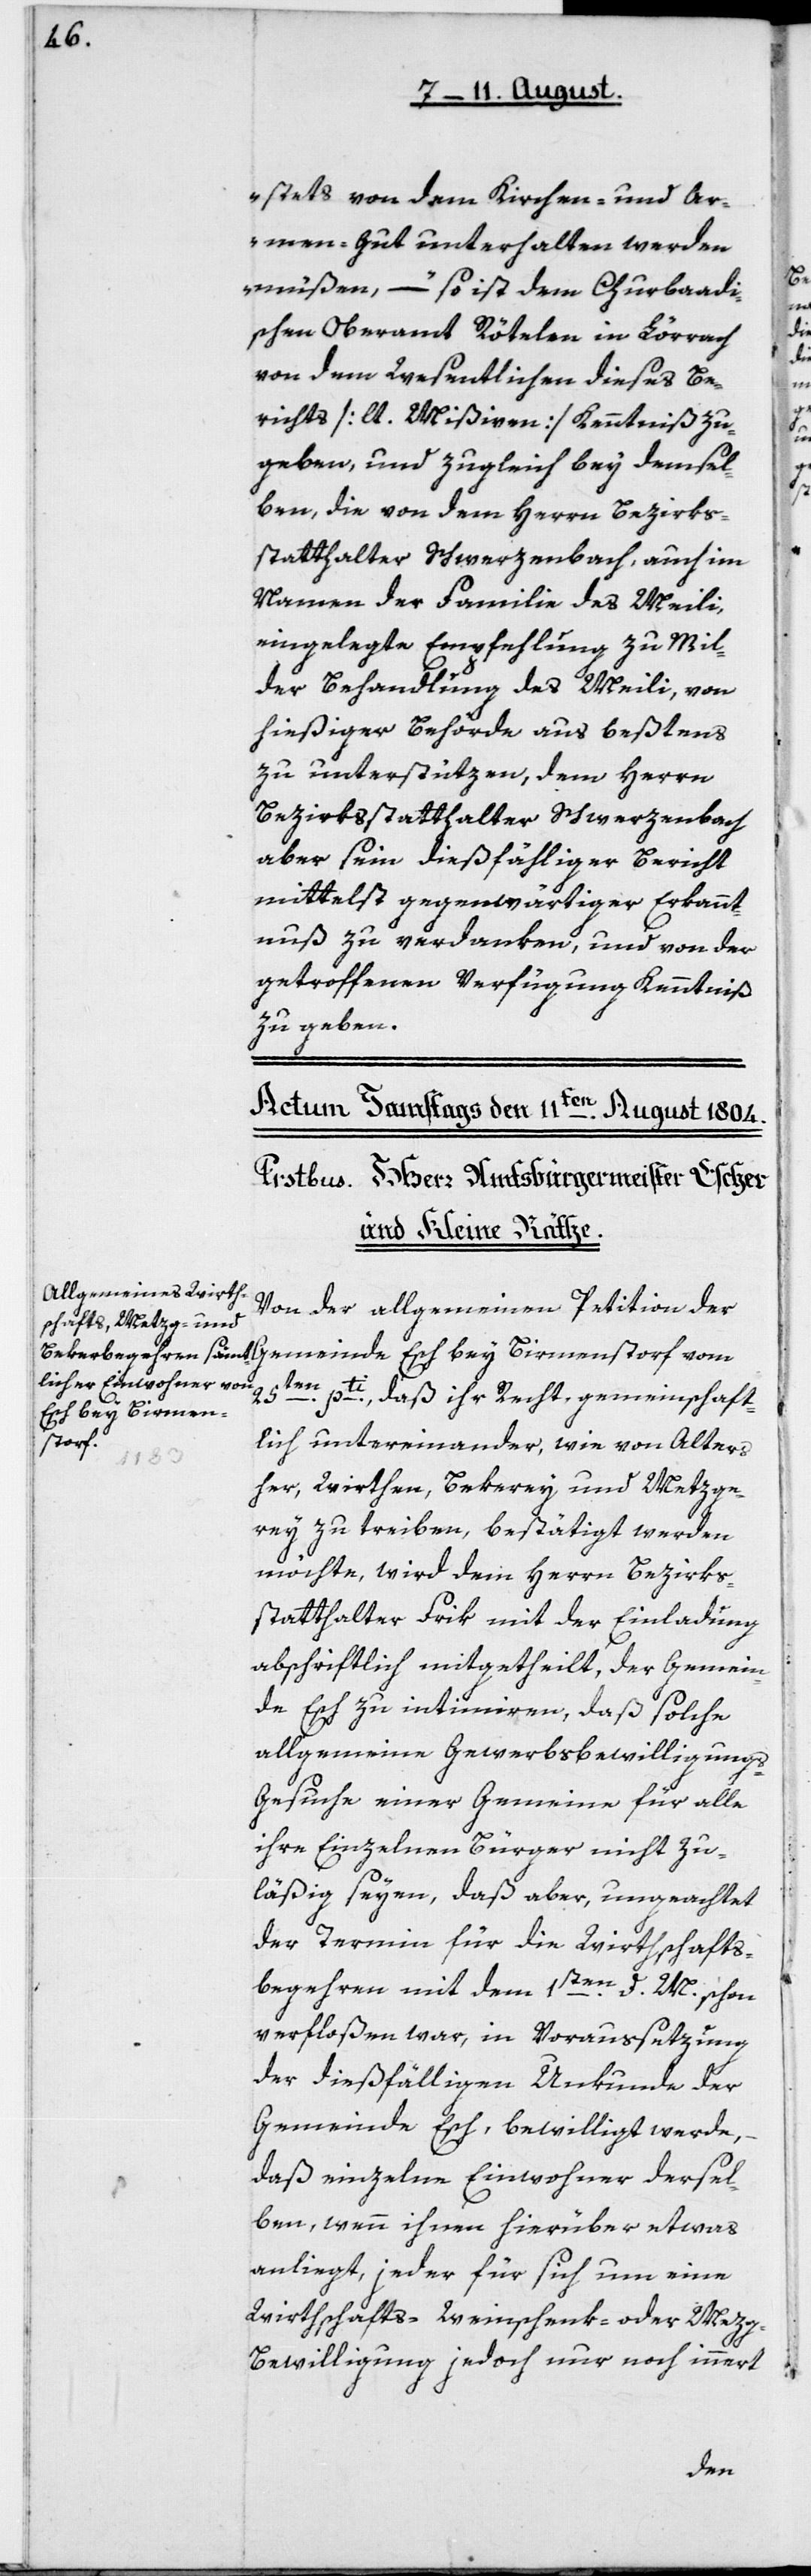
stets von dem Kirchen- und Ar¬
mengut unterhalten werden
müßen“, – so ist dem churbadi¬
schen Oberamt Rötelen in Lörrach
von dem Wesentlichen dieses Be¬
richts [lt. Mißiven] Kenntniß zu
geben, und zugleich bey demsel¬
ben die von dem Herrn Bezirks¬
statthalter Schwerzenbach, auch im
Namen der Familie des Meili,
eingelegte Empfehlung zu mil¬
der Behandlung des Meili, von
hießiger Behörde aus bestens
zu unterstüzen, dem Herrn
Bezirksstatthalter Schwerzenbach
aber sein dießfälliger Bericht
mittelst gegenwärtiger Erkannt¬
nuß zu verdanken, und von der
getroffenen Verfügung Kenntniß
zu geben.
Von der allgemeinen Petition der
25ten pti, daß ihr Recht, gemeinschaft¬
Esch bey Birmen¬
storf
lich untereinander, wie von alters
her, Wirthen, Bekerey und Metzge¬
rey zu treiben, bestätigt werden
möchte, wird dem Herrn Bezirks¬
statthalter Frik mit der Einladung
abschriftlich mitgetheilt, der Gemein¬
de Esch zu intimieren, daß solche
allgemeine Gewerbsbewilligung¬
s-Gesuche einer Gemeinde für alle
ihre Einzelnen Bürger nicht zu¬
läßig seyen, daß aber, ungeachtet
der Termin für die Wirthschafts¬
begehren mit dem
1ten d. M. schon
verfloßen war, in Voraussetzung
der dießfälligen Urkunde der
Gemeinde Esch, bewilligt werde,
daß einzelne Einwohner dersel¬
ben, wenn ihnen hierüber etwas
anliegt, jeder für sich um eine
Wirthschafts-, Weinschenk- oder Mez¬
g-Bewilligung, jedoch nur noch innert